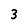
Character: 3